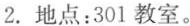
2.地点：301教室。